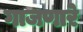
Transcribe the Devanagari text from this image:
गाजणारे